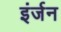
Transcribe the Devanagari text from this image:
इंर्जन